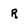
Character: R